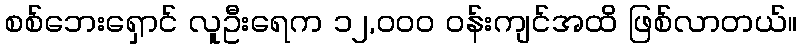
စစ်ဘေးရှောင် လူဦးရေက ၁၂,ဝဝဝ ဝန်းကျင်အထိ ဖြစ်လာတယ်။